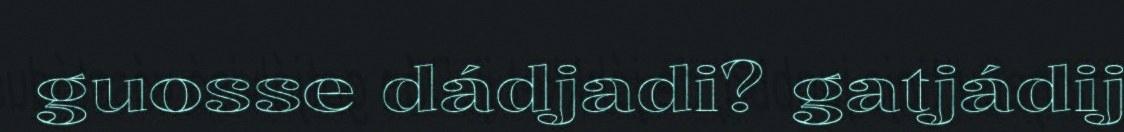
guosse dádjadi? gatjádij